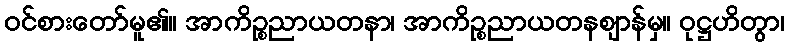
ဝင်စားတော်မူ၏။ အာကိဉ္စညာယတနာ၊ အာကိဉ္စညာယတနဈာန်မှ။ ဝုဋ္ဌဟိတွာ၊